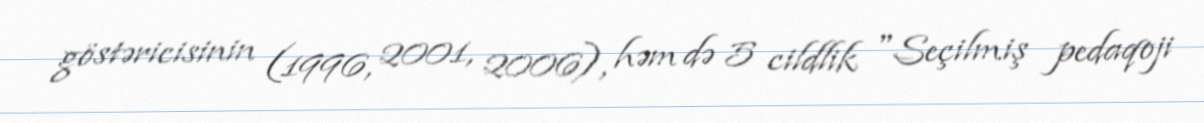
göstəricisinin (1996, 2001, 2006), həm də 5 cildlik "Seçilmiş pedaqoji